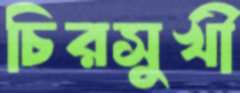
চিরসুখী